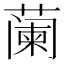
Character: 𬞕